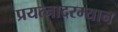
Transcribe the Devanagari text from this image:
प्रयत्नादरम्यान